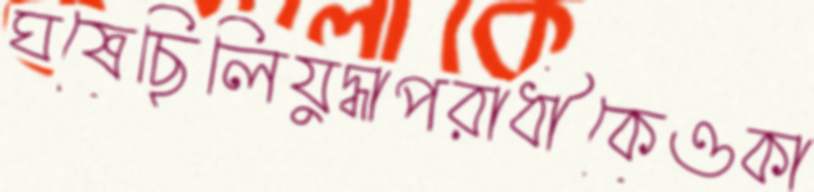
ঘষেছিলিযুদ্ধাপরাধীকেওকা